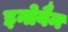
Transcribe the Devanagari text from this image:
इनोवैन